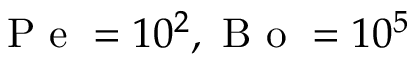
\mathrm { ~ P ~ e ~ } = 1 0 ^ { 2 } , \mathrm { ~ B ~ o ~ } = 1 0 ^ { 5 }